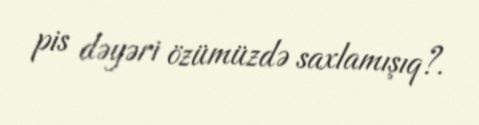
pis dəyəri özümüzdə saxlamışıq?.